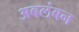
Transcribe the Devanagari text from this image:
अबलंबन